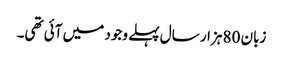
زبان 80 ہزار سال پہلے وجود میں آئی تھی۔